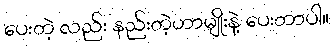
ပေးတဲ့ လည်း နည်းတဲ့ဟာမျိုးနဲ့ ပေးတာပါ။